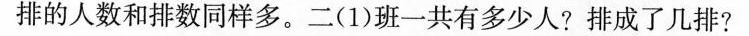
排的人数和排数同样多。二(1)班一共有多少人?排成了几排?